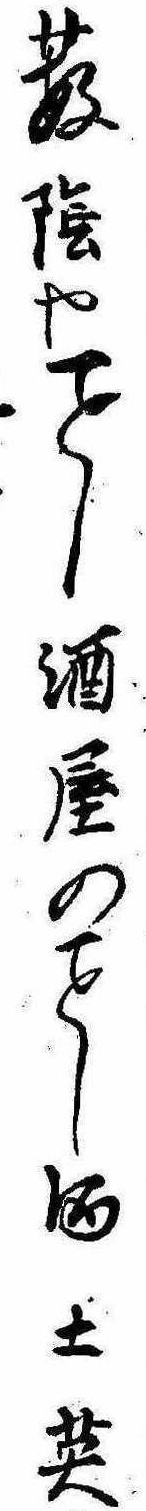
薮陰やし酒屋のし酒士英